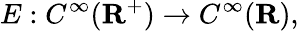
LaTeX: \displaystyle{E:C^{\infty}(\mathbf{R}^{+})\rightarrow C^{\infty}(\mathbf{R}),}